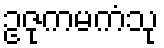
ဥဇုကမကံသု